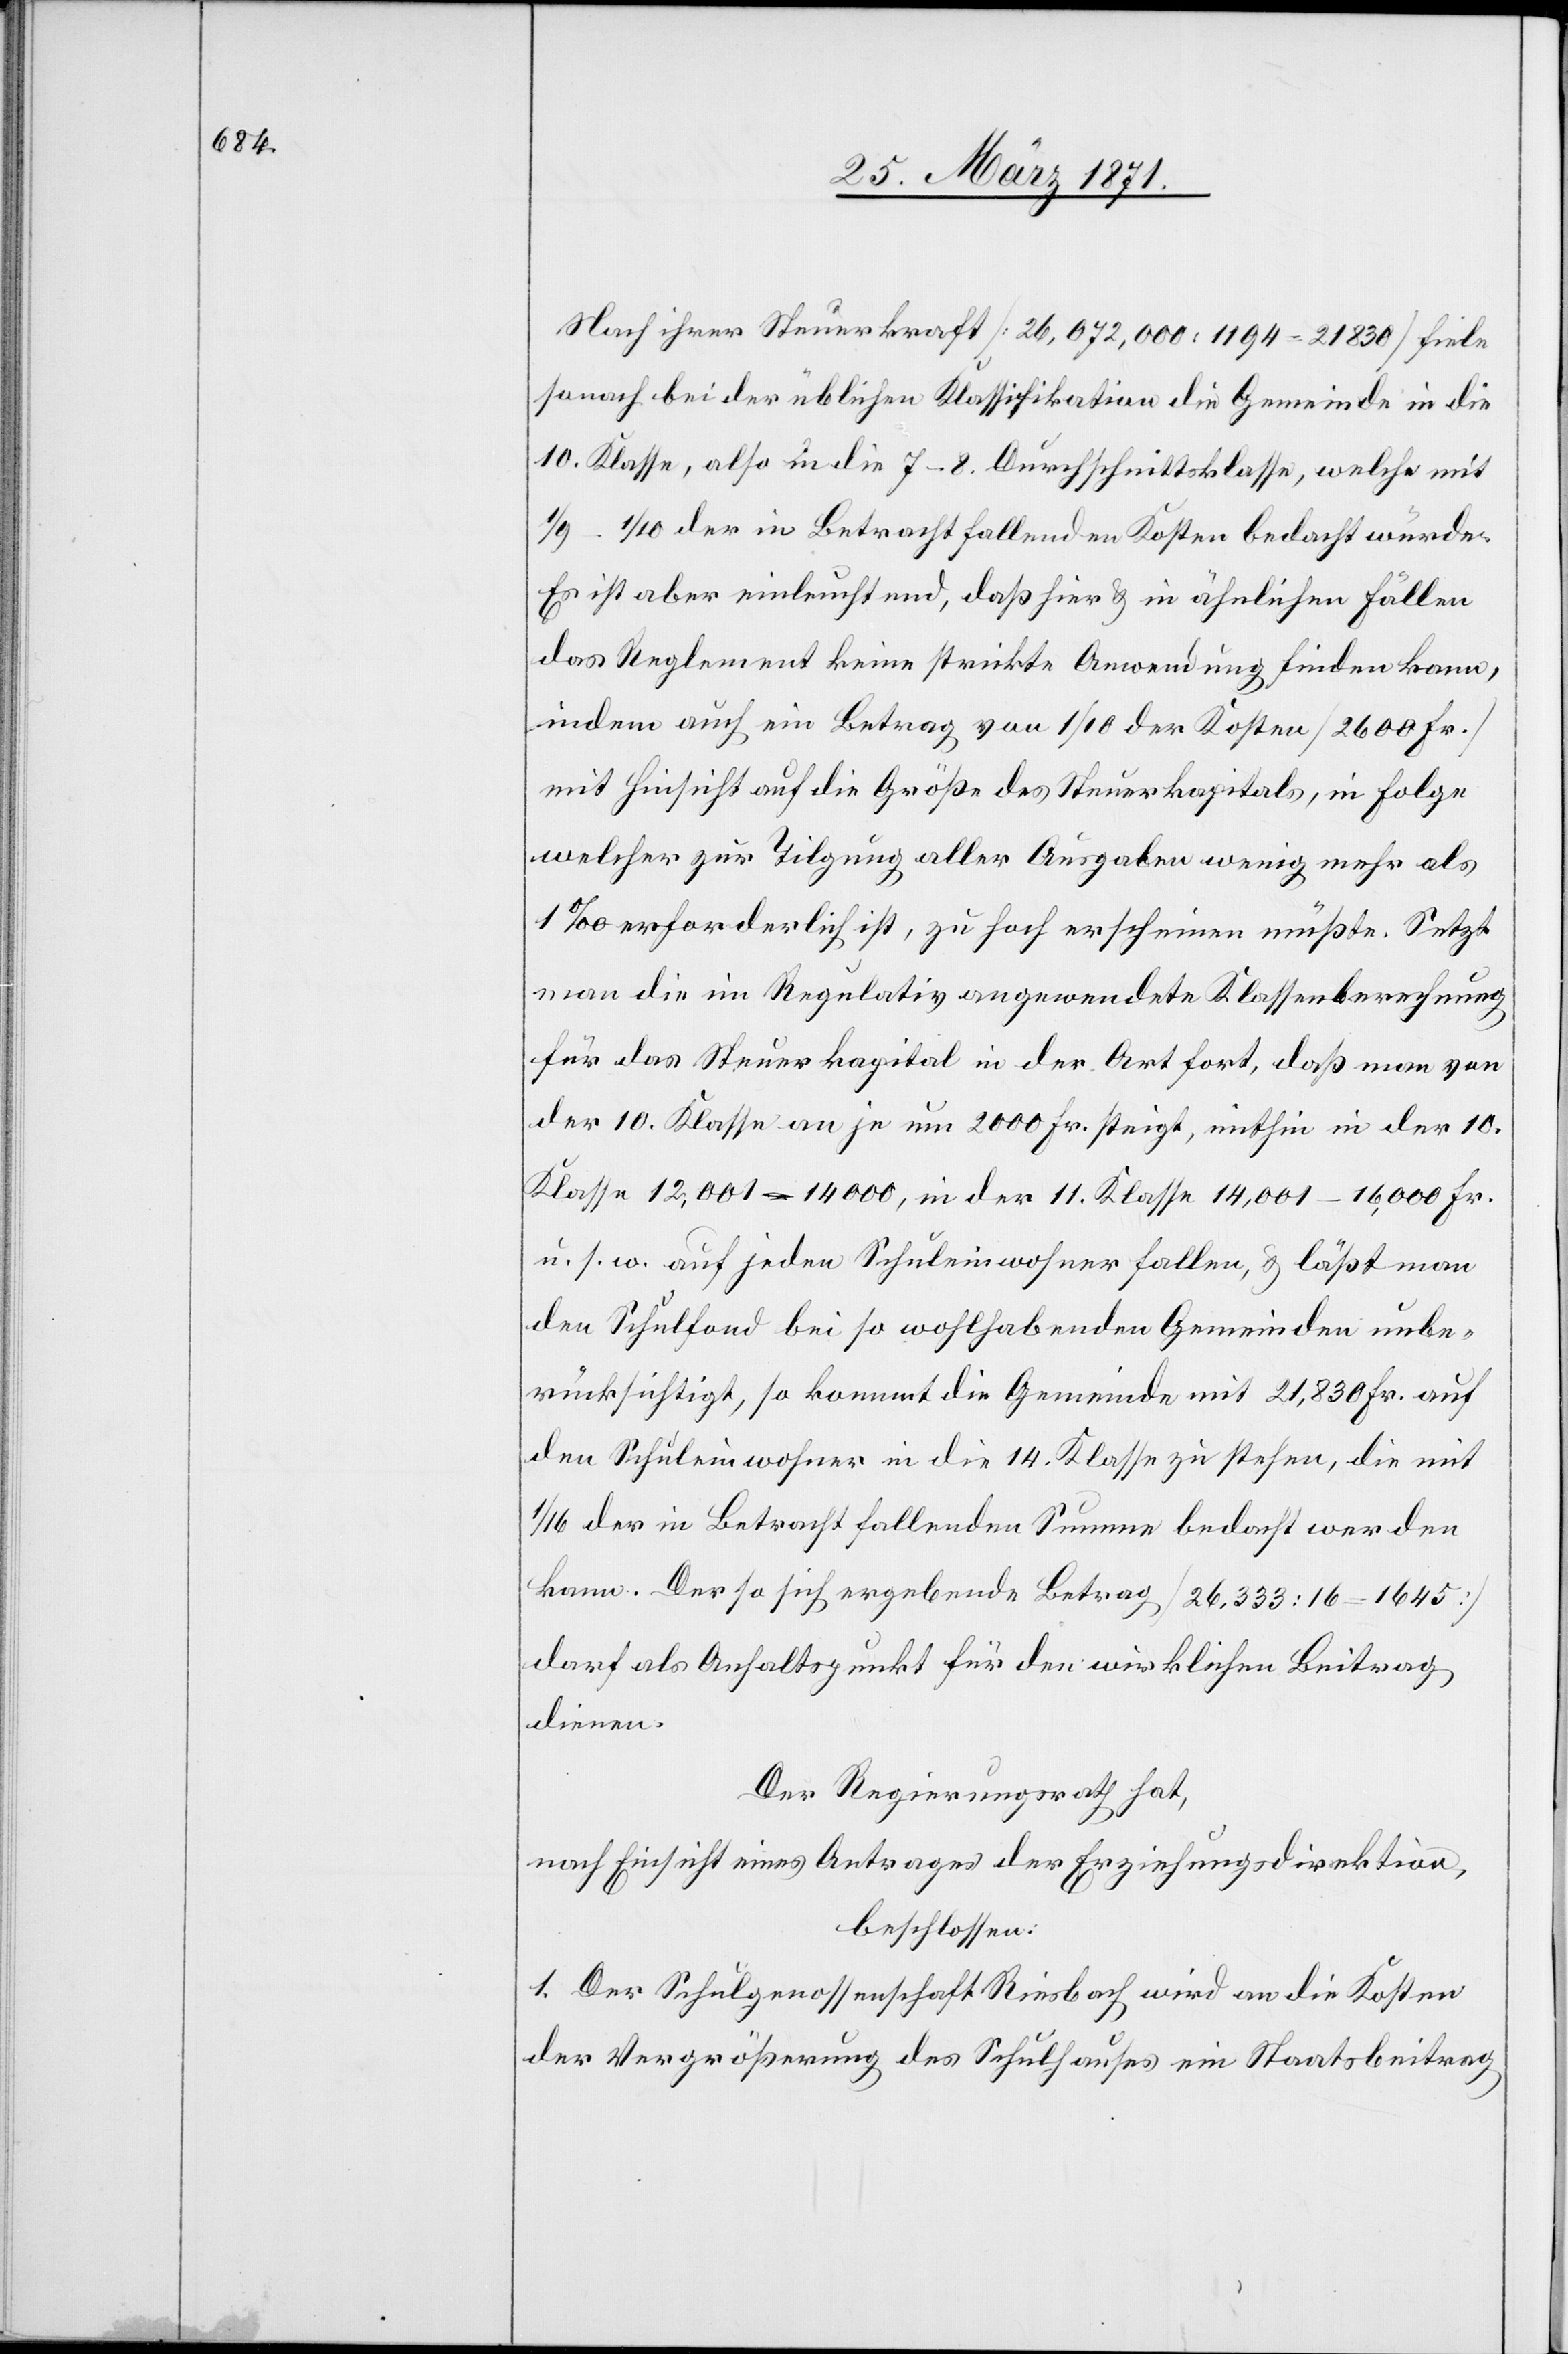
Nach ihrer Steuerkraft [26,072,000 : 1194 = 21830] fiele
sonach bei der üblichen Klassifikation die Gemeinde in die
10. Klasse, also in die 7–8. Durchschnittsklasse, welche mit
1/9–1/10 der in Betracht fallenden Kosten bedacht würde.
Es ist aber einleuchtend, daß hier u. in ähnlichen Fällen
das Reglement keine strikte Anwendung finden kann,
indem auch ein Betrag von 1/10 der Kosten [2600 Fr.]
mit Hinsicht auf die Größe des Steuerkapitals, in Folge
welcher zur Tilgung aller Ausgaben wenig mehr als
1‰ erforderlich ist, zu hoch erscheinen müßte. Setzt
man die im Regulativ angewendete Klassenberechnung
für das Steuerkapital in der Art fort, daß man von
der 10. Klasse an je um 2000 Fr. steigt, mithin in der 10.
Klasse 12,001–14 000, in der 11. Klasse 14,001–16,000 Fr.
u. s. w. auf jeden Schuleinwohner fallen, u. läßt man
den Schulfond bei so wohlhabenden Gemeinden unbe¬
rücksichtigt, so kommt die Gemeinde mit 21,830 Fr. auf
den Schuleinwohner in die 14. Klasse zu stehen, die mit
1/16 der in Betracht fallenden Summe bedacht werden
kann. Der so sich ergebende Betrag [26,333 : 16 = 16456]
darf als Anhaltspunkt für den wirklichen Beitrag
dienen.
Der Regierungsrath hat,
nach Einsicht eines Antrages der Erziehungsdirektion,
beschlossen:
1. Der Schulgenossenschaft Riesbach wird an die Kosten
der Vergrößerung des Schulhauses ein Staatsbeitrag